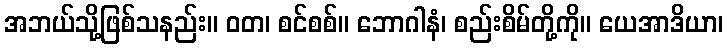
အဘယ်သို့ဖြစ်သနည်း။ ဝတ၊ စင်စစ်။ ဘောဂါနံ၊ စည်းစိမ်တို့ကို။ ယေအာဒိယာ၊